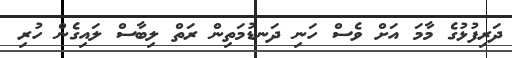
ދަރިފުޅުގެ މާމަ އަށް ވެސް ހަނި ދަނޑުމަތިން ރަތް ލިބާސް ލައިގެން ހުރި